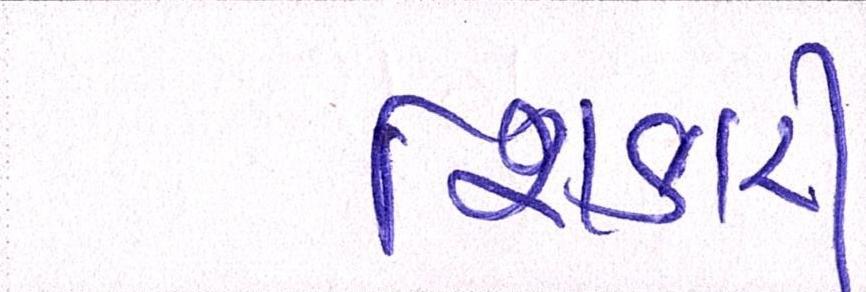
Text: શિકારી